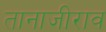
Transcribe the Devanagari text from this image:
तानाजीराव